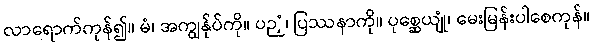
လာရောက်ကုန်၍။ မံ၊ အကျွန်ုပ်ကို။ ပဉှံ၊ ပြဿနာကို။ ပုစ္ဆေယျုံ၊ မေးမြန်းပါစေကုန်။